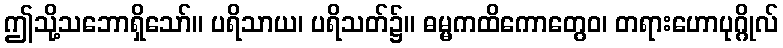
ဤသို့သဘောရှိသော်။ ပရိသာယ၊ ပရိသတ်၌။ ဓမ္မကထိကောတွေဝ၊ တရားဟောပုဂ္ဂိုလ်